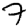
Digit: 7